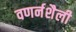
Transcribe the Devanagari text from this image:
वणर्नशैली